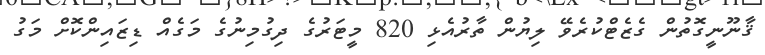
ޤާނޫނީގޮތުން ގެޒެޓްކުރެވޭ ލިޔުން ތާރުއެޅި 820 މީޓަރުގެ ދިގުމިނުގެ މަގެއް ޑިޒައިންކޮށް މަގު